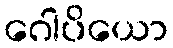
ဂေါပိယော